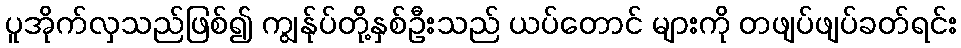
ပူအိုက်လှသည်ဖြစ်၍ ကျွန်ုပ်တို့နှစ်ဦးသည် ယပ်တောင် များကို တဖျပ်ဖျပ်ခတ်ရင်း